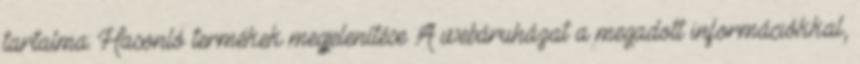
tartalma: Hasonló termékek megjelenítése A webáruházat a megadott információkkal,